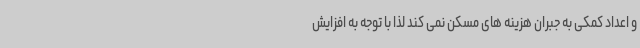
و اعداد کمکی به جبران هزینه های مسکن نمی کند لذا با توجه به افزایش